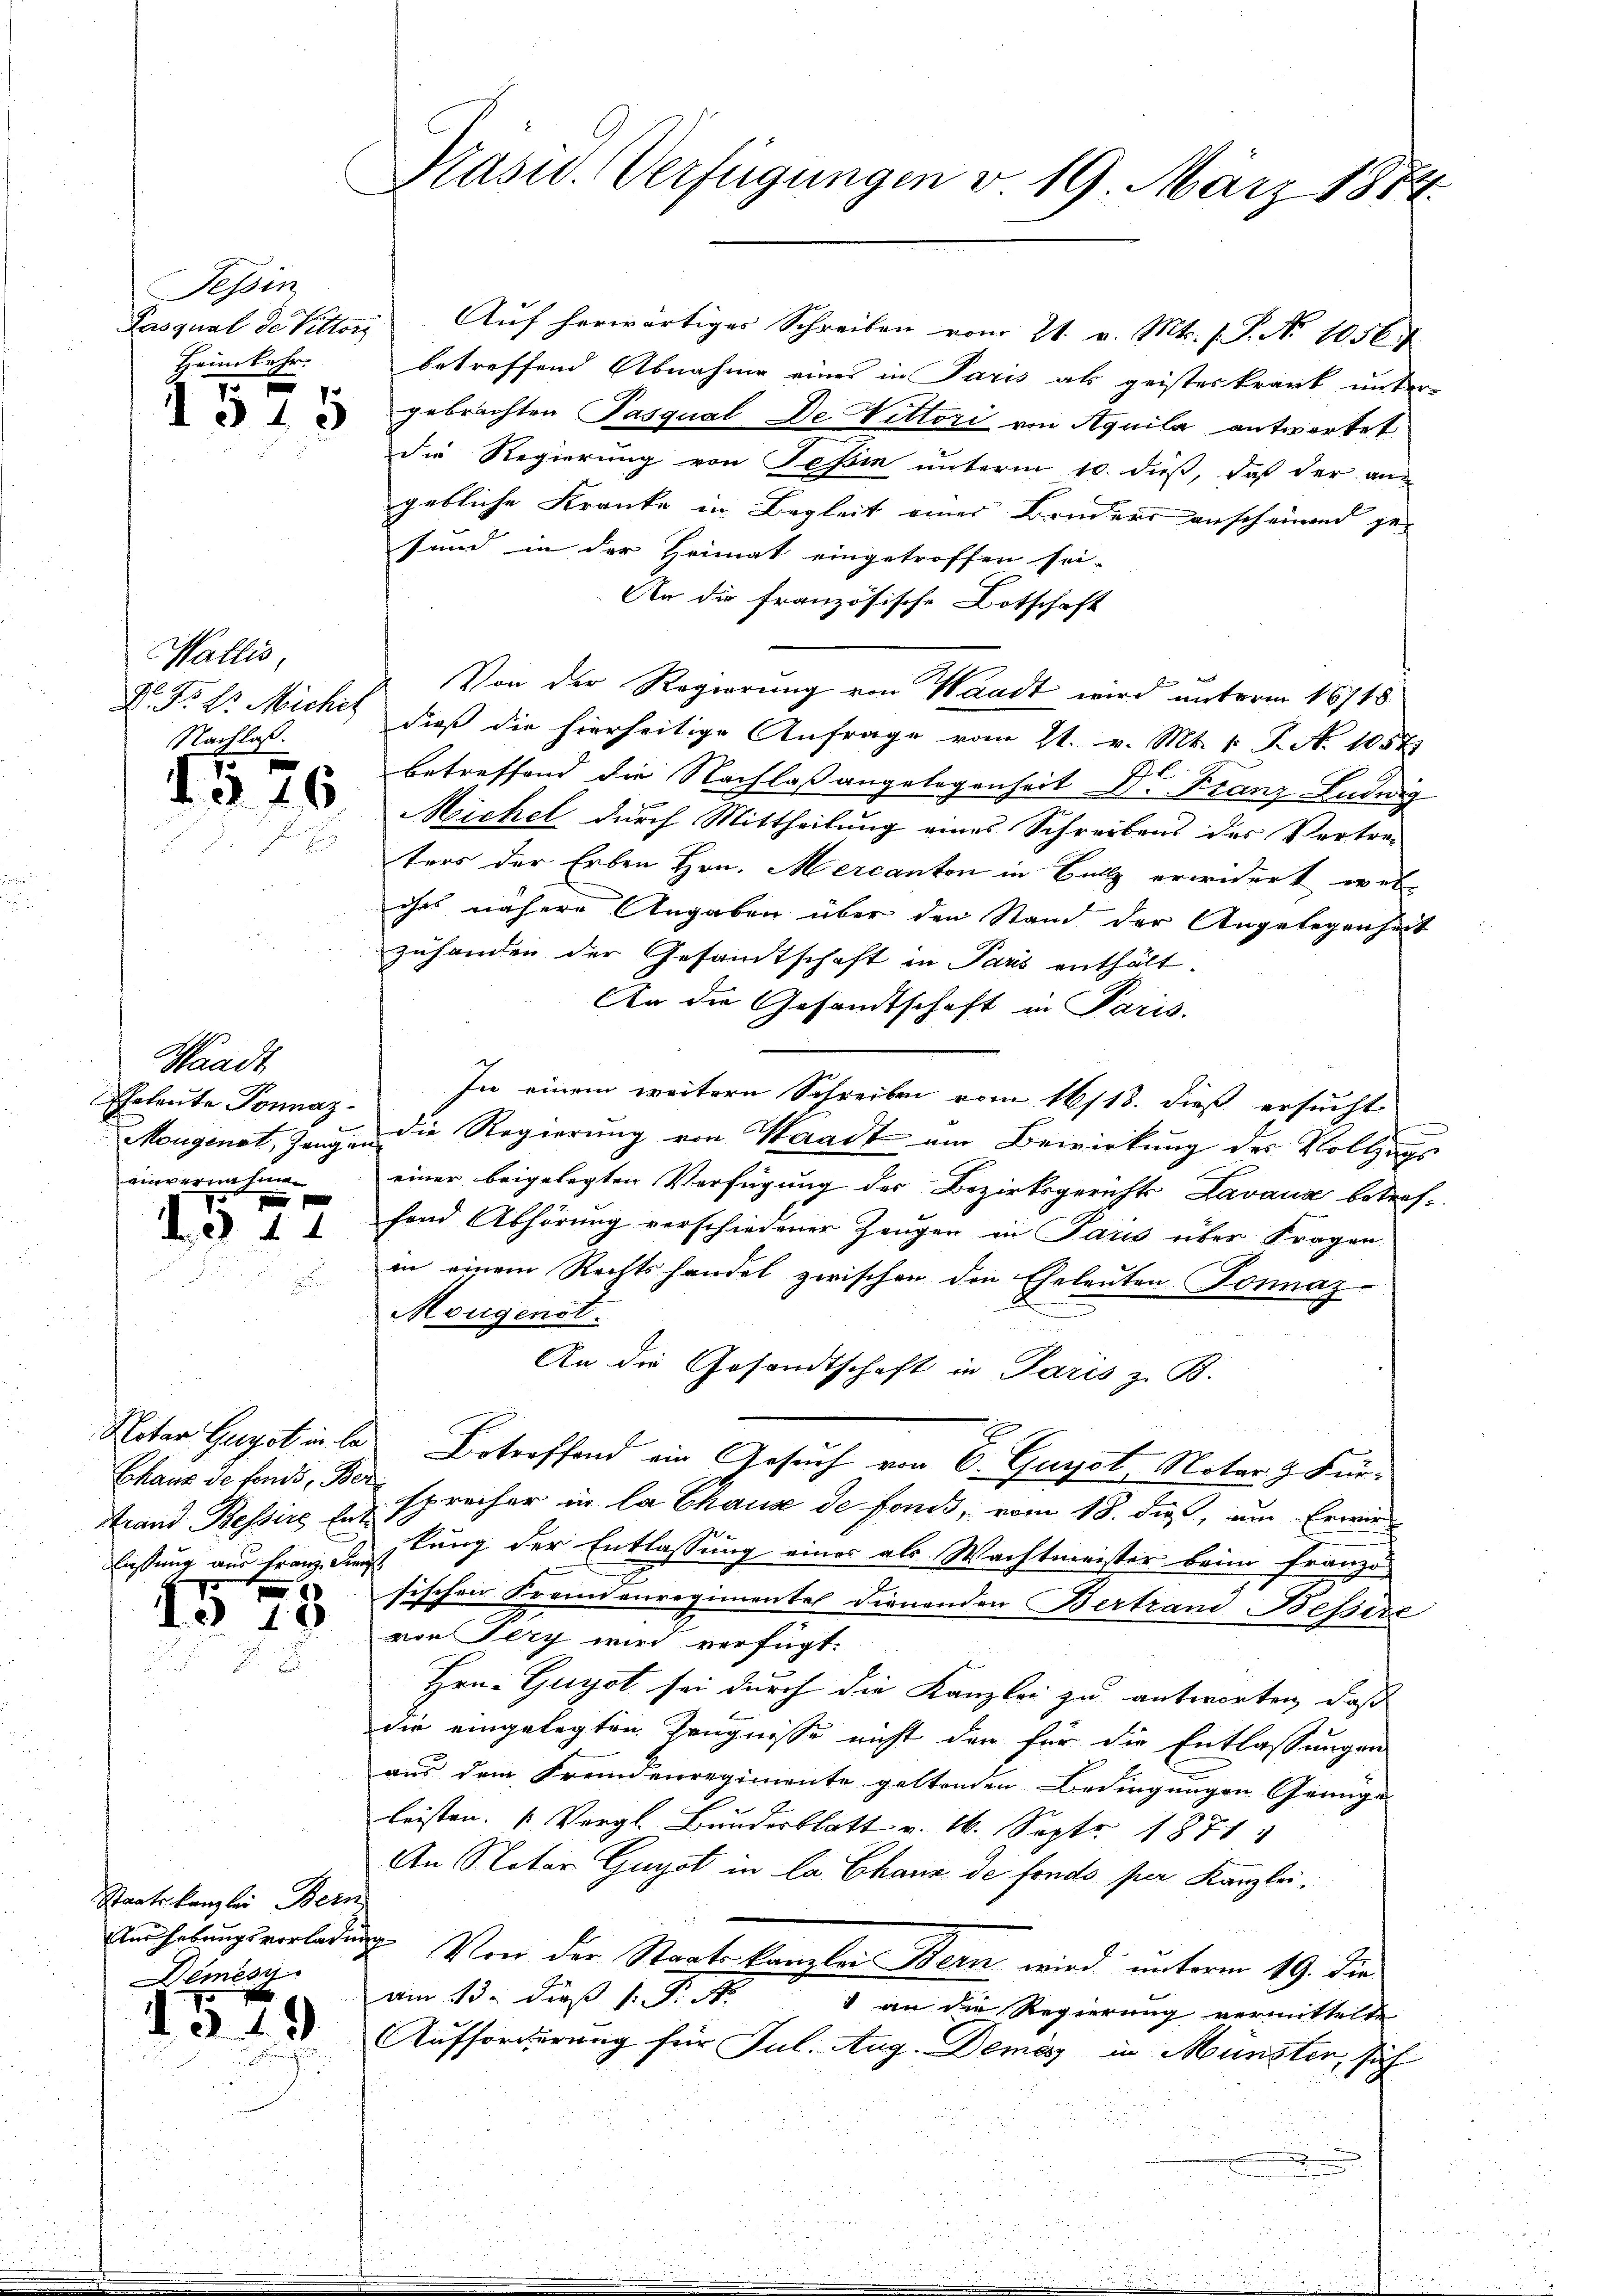
Fessen
Pasqual der Seiterg
Heimkehr.
7.

I § 15

Wallis
D. P. 23. Michis
Nachloss
5

d. d. 16.

Waadt
Eheleute Ponnaz
Mougenst, Zeugen
ainvername

5
1
1
d.d. 11

Notar Gugst in le
Chaus de fonds, Ber
Strand Bessire Ent
lassung aus Franz den

19

Staatskanzlei Bern
Anhebungsvorladung
Demess

d.d. 19

Präsid. Verfügungen v. 19. März 1882

Auf herwärtiges Schreiben vom 21. v. Mts. f. P. No 1056.
betreffend Abnahme eines in Paris als geisteskrank unter
gebrachten Pasqual De Vittori von Aquila antwortet
die Regierung von Tessin unterm 10. dieß, daß der aus
gebliche Kranke in Begleit einer Bruders anscheinend gesund in der Heimat eingetroffen sei.
An die französische Botschaft
Von der Regierung von Waadt wird unterm 16/18.
dieß die hierseitige Anfrage vom 21. v. Mt. 1. P. N. 1057.
betreffend die Nachlaßangelegenheit Dr Franz Luduig
Michel durch Mittheilung eines Schreibens des Vertre-
ters der Erben Hrn. Mercanton in Holz erwidert wer-
ches nähere Angaben über den Stand der Angelegenheit
zuhanden der Gesamtschaft in Paris enthält.
An die Gesandtschaft in Paris.
In einem weitere Schreiben vom 16/18. dieß ersucht
die Regierung von Waadt am Bewirkung des Vollzugs
einer beigelegten Verfügung der Bezirksgerichts Lavaux betref-
fond Abhörung verschiedener Zeugen in Paris über Fragen
in einem Rechtshandel zwischen den Eheleuten. Sonnaz-
Mougenst.
An die Gesandtschaft in Paris z. B.
Betreffend ein Gesuch von E. Guyst, Notar z. Fürsprecher in la Chaux de fonds, vom 18. dieß, um Erwir
kung der Entlassung einer als Wachtmeister beim Franzö-
s
sischen Krennenregimentel dienenden Bertrau Bessere
von Jery wird verfügt:
Hrn. Guyot sei durch die Kanzlei zu antworten, daß
die eingelegten Zeugnisse nicht den für die Entlassungen
aus dem Fremdenregimente geltenden Bedingungen Genüge
leisten. (Vergl. Bruderblatt v. 16. Sept. 1871
An Notar Guyot in la Chaux de fonds per Kanzlei.
2. Von der Staatskanzlei Bern wird unterm 19. die
am 13. dieß P. N. 1 an die Regierung vermittelte
Aufforderung für Jul. Aug. Demis in Münster, sich